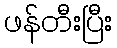
ဖန်တီးပြီး